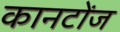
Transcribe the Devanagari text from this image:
कानटोंज